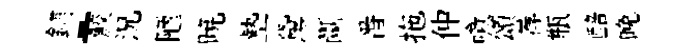
鋪-鮫況陋暁墊黛斷番拖仲噫頌荐瓶醅晩